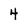
Character: 4